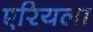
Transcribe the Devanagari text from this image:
एरियला